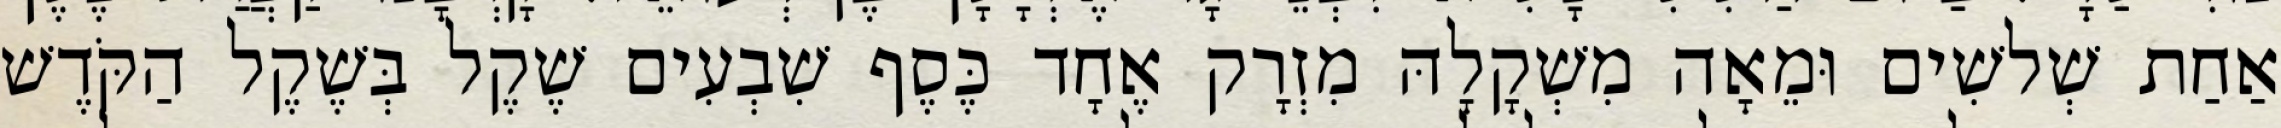
אַחַת שְׁלשִׁים וּמֵאָה מִשְׁקָלָהּ מִזְרָק אֶחָד כֶּסֶף שִׁבְעִים שֶׁקֶל בְּשֶׁקֶל הַקֹּדֶשׁ